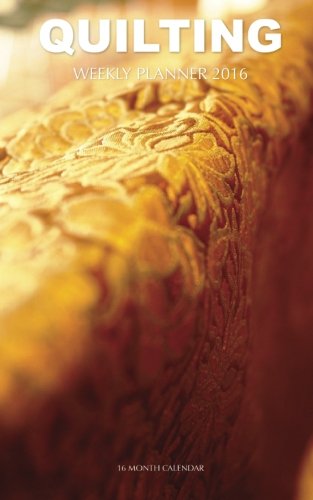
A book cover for Quilting Weekly Planner 2016: 16 Month Calendar; Jack Smith; Calendars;